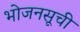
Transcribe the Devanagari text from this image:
भोजनसूची